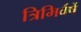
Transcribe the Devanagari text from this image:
त्रिभिर्वर्षे